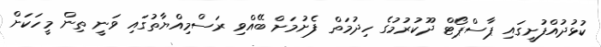
ކުޅުދުއްފުށީގައި ޕާސްޕޯޓް ދޫކުރުމުގެ ހިދުމަތް ފެށުމަށް ބޭއްވި ރަސްމިއްޔާތުގައި ވަނީ ތިން މީހަކަށް